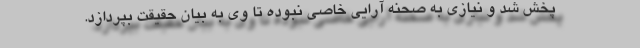
پخش شد و نیازی به صحنه آرایی خاصی نبوده تا وی به بیان حقیقت بپردازد.